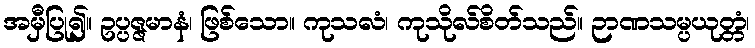
အမှီပြု၍။ ဥပ္ပဇ္ဇမာနံ၊ ဖြစ်သော။ ကုသလံ၊ ကုသိုလ်စိတ်သည်။ ဉာဏသမ္ပယုတ္တံ၊